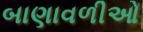
બાણાવળીઓ